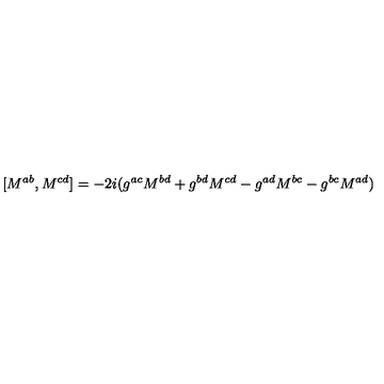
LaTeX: [ M ^ { a b } , M ^ { c d } ] = - 2 i ( g ^ { a c } M ^ { b d } + g ^ { b d } M ^ { c d } - g ^ { a d } M ^ { b c } - g ^ { b c } M ^ { a d } )